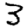
Digit: 3